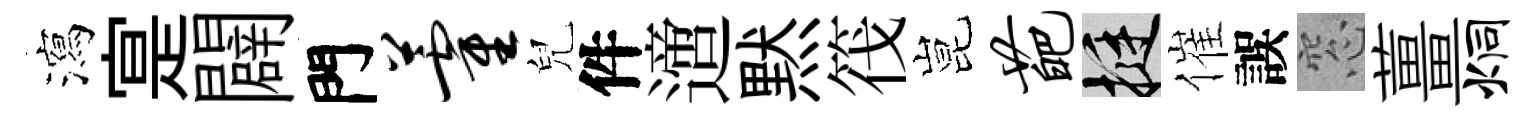
瀉寔闢門藿兒件𨗁黙筏昆葩挺催誤窓薑炯